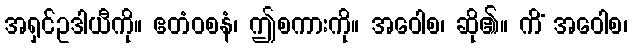
အရှင်ဥဒါယီကို။ ဧတံဝစနံ၊ ဤစကားကို။ အဝေါစ၊ ဆို၏။ ကိံ အဝေါစ၊